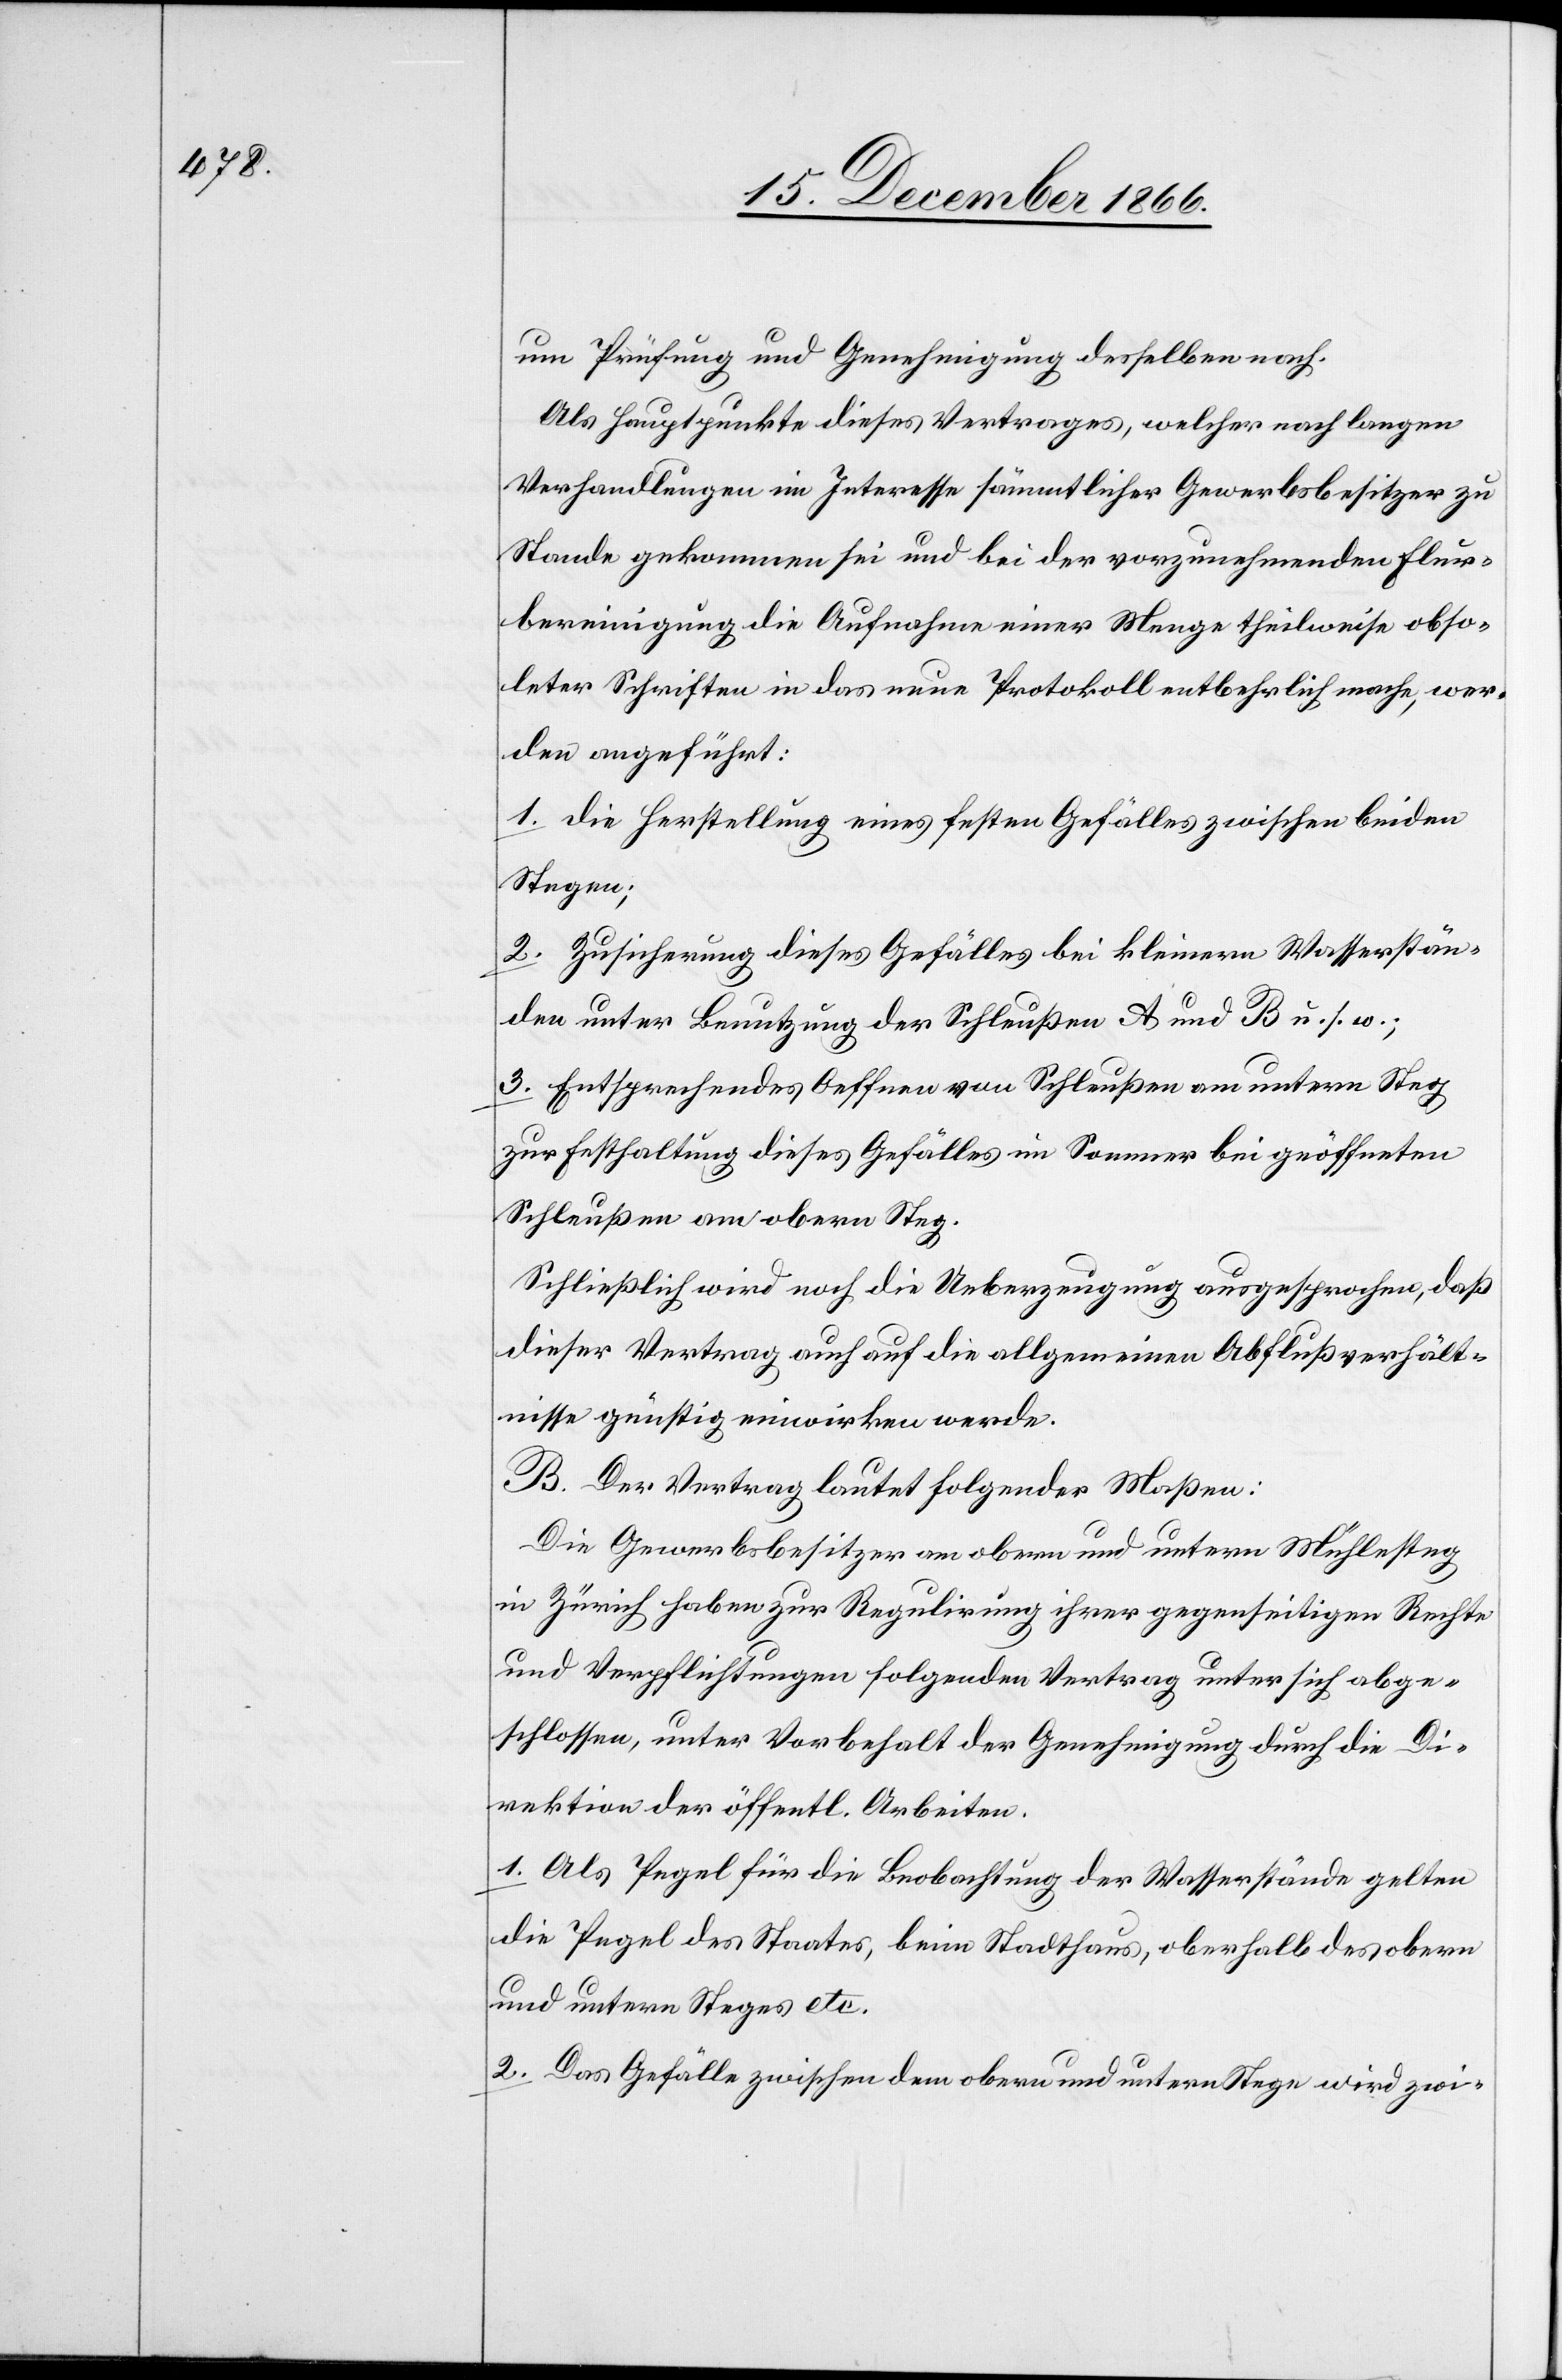
um Prüfung und Genehmigung desselben nach.
Als Hauptpunkte dieses Vertrages, welcher nach langen
Verhandlungen im Interesse sämmtlicher Gewerbsbesitzer zu
Stande gekommen sei und bei der vorzunehmenden Flur¬
bereinigung die Aufnahme einer Menge theilweise obso¬
leter Schriften in das neue Protokoll entbehrlich mache, wer¬
den angeführt:
1. die Herstellung eines festen Gefälles zwischen beiden
Stegen;
2. Zusicherung dieses Gefälles bei kleinern Wasserstän¬
den unter Benutzung der Schleußen A und B u. s. w.;
3. Entsprechendes Oeffnen von Schleußen am untern Steg
zur Festhaltung dieses Gefälles im Sommer bei geöffneten
Schleußen am obern Steg.
Schließlich wird noch die Ueberzeugung ausgesprochen, daß
dieser Vertrag auch auf die allgemeinen Abflußverhält¬
nisse günstig einwirken werde.
B. Der Vertrag lautet folgender Maßen:
Die Gewerbsbesitzer am obern und untern Mühlesteg
in Zürich haben zur Regulirung ihrer gegenseitigen Rechte
und Verpflichtungen folgenden Vertrag unter sich abge¬
schlossen, unter Vorbehalt der Genehmigung durch die Di¬
rektion der öffentl. Arbeiten.
1. Als Pegel für die Beobachtung der Wasserstände gelten
die Pegel des Staates, beim Stadthaus, oberhalb des obern
und untern Steges etc.
2. Das Gefälle zwischen dem obern und untern Stege wird zwi-